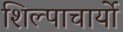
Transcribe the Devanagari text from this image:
शिल्पाचार्यो